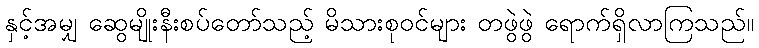
နှင့်အမျှ ဆွေမျိုးနီးစပ်တော်သည့် မိသားစုဝင်များ တဖွဲဖွဲ ရောက်ရှိလာကြသည်။